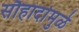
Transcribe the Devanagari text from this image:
सौहार्दामुळे